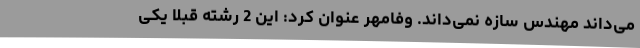
می‌داند مهندس سازه نمی‌داند. وفامهر عنوان کرد: این 2 رشته قبلاً یکی